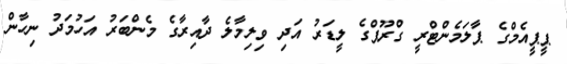
ޕީޕީއެމްގެ ޕާލަމެންޓްރީ ގްރޫޕްގެ ލީޑަރު އަދި ވިލިމާލެ ދާއިރާގެ މެންބަރު އަހުމަދު ނިހާން